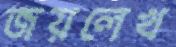
জয়লেখ